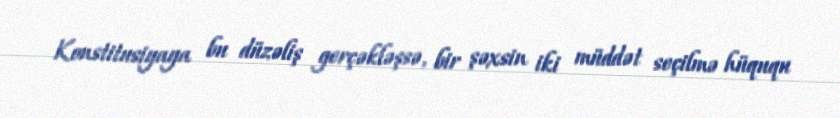
Konstitusiyaya bu düzəliş gerçəkləşsə, bir şəxsin iki müddət seçilmə hüququ